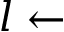
l \leftarrow